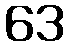
63